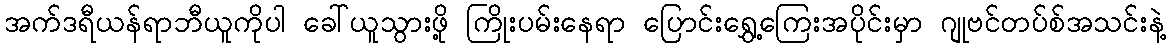
အက်ဒရီယန်ရာဘီယူကိုပါ ခေါ်ယူသွားဖို့ ကြိုးပမ်းနေရာ ပြောင်းရွှေ့ကြေးအပိုင်းမှာ ဂျုဗင်တပ်စ်အသင်းနဲ့